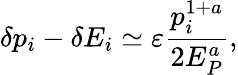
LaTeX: \delta p_{i}-\delta E_{i}\simeq\varepsilon\frac{p_{i}^{1+a}}{2E_{P}^{a}},